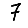
Digit: 7